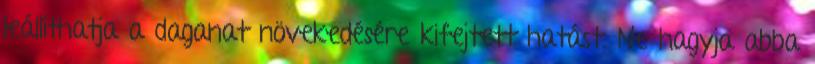
leállíthatja a daganat növekedésére kifejtett hatást. Ne hagyja abba